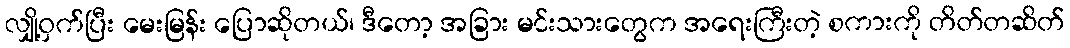
လျှို့ဝှက်ပြီး မေးမြန်း ပြောဆိုတယ်၊ ဒီတော့ အခြား မင်းသားတွေက အရေးကြီးတဲ့ စကားကို တိတ်တဆိတ်